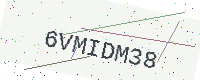
Text: 6VMIDM38